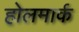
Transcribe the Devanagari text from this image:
होलमार्क